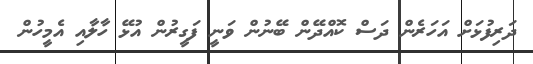
ދަރިފުޅަށް އަހަރެން ދަސް ކޮއްދޭން ބޭނުން ވަނީ ފަގީރުން އުޅޭ ހާލާއި އެމީހުން